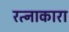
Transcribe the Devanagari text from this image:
रत्नाकारा